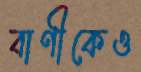
বাণীকেও